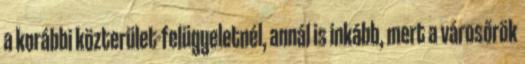
a korábbi közterület-felügyeletnél, annál is inkább, mert a városőrök